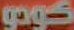
كومو